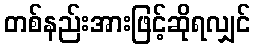
တစ်နည်းအားဖြင့်ဆိုရလျှင်